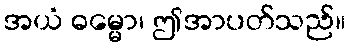
အယံ ဓမ္မော၊ ဤအာပတ်သည်။